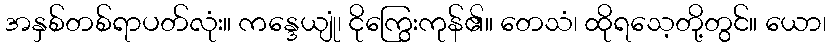
အနှစ်တစ်ရာပတ်လုံး။ ကန္ဒေယျုံ၊ ငိုကြွေးကုန်၏။ တေသံ၊ ထိုရသေ့တို့တွင်။ ယော၊